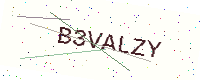
Text: B3VALZY